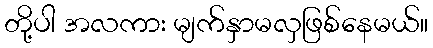
တို့ပါ အလကား မျက်နှာမလှဖြစ်နေမယ်။